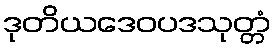
ဒုတိယဒေဝပဒသုတ္တံ